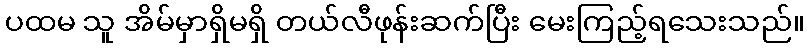
ပထမ သူ အိမ်မှာရှိမရှိ တယ်လီဖုန်းဆက်ပြီး မေးကြည့်ရသေးသည်။